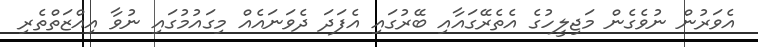
އެވަރުން ނުވެގެން މަޖިލީހުގެ އެތެރޭގައާއި ބޭރުގައި އެފަދަ ދެވަނައެއް މިގައުމުގައި ނުވާ އިއްޒަތްތެރި